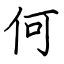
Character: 何